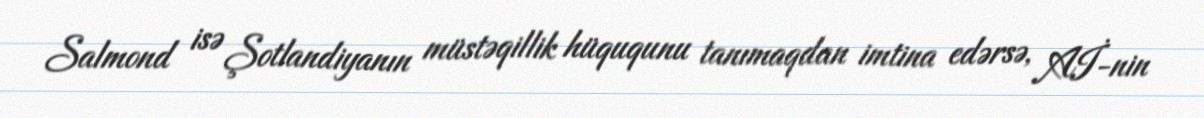
Salmond isə Şotlandiyanın müstəqillik hüququnu tanımaqdan imtina edərsə, Aİ-nin